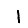
Digit: 1